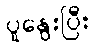
ပူနွေးပြီး